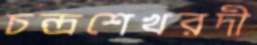
চন্দ্রশেখরদী